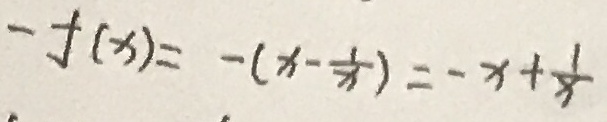
- f ( x ) = - ( x - \frac { 1 } { x } ) = - x + \frac { 1 } { x }